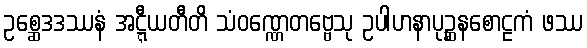
ဥစ္ဆေဒဒဿနံ အဋ္ဋီယတီတိ သံဝဏ္ဏေတဗ္ဗေသု ဥပါဟနာပုဉ္ဆနစောဠကံ ဖဿ